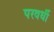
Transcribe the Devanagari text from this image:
परवर्धी